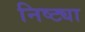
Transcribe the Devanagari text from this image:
निष्ट्या